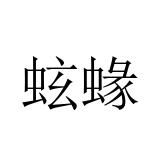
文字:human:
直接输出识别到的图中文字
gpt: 蚿蝝